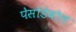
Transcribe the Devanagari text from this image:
पेसोडेबोल